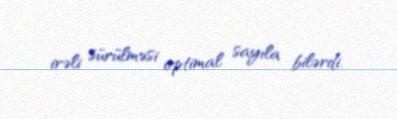
irəli sürülməsi optimal sayıla bilərdi.